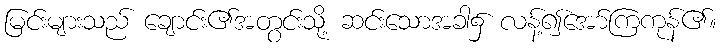
မြင်းများသည် ချောင်း၏အတွင်းသို့ ဆင်းသောအခါ၌ လန့်၍အော်ကြကုန်၏။